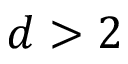
d > 2